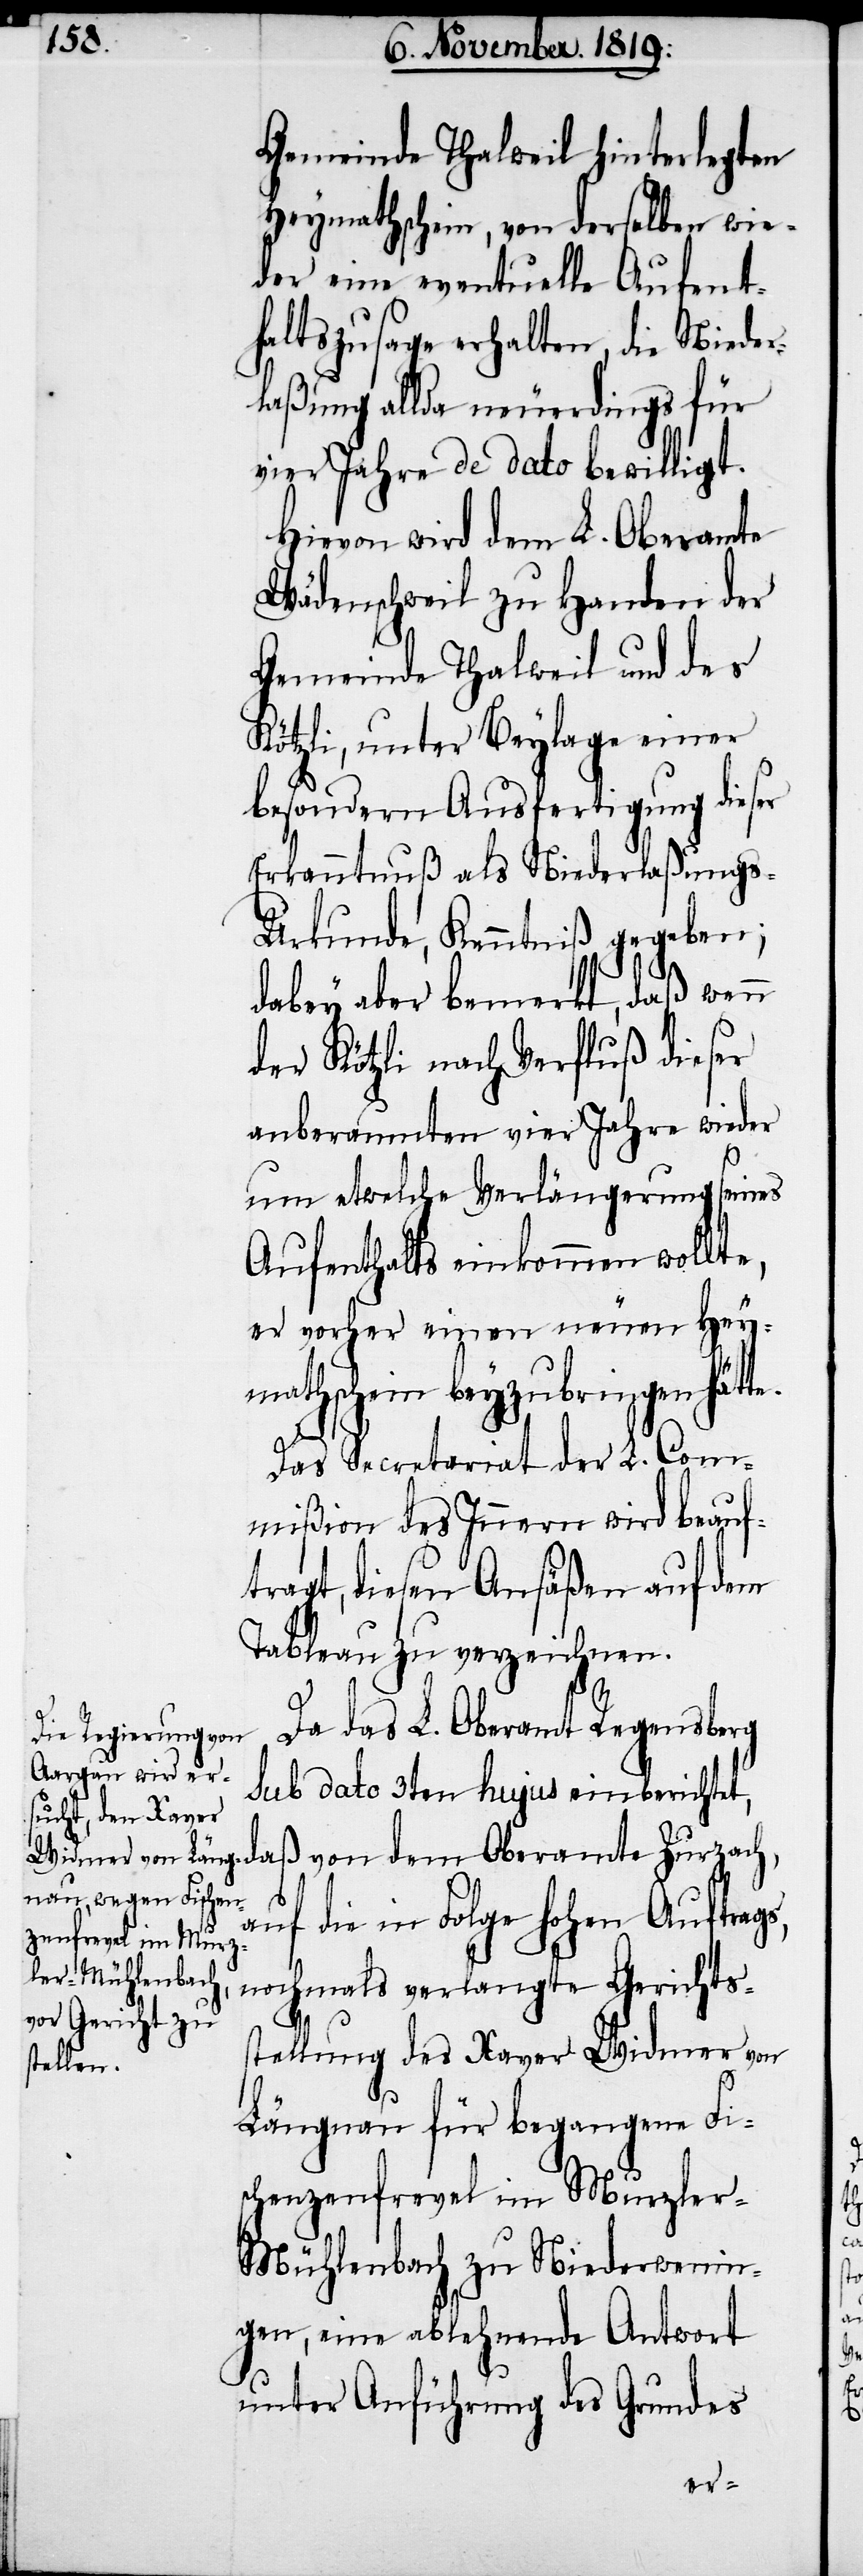
Gemeinde Thalweil hinterlegten
Heymathschein, von derselben wie¬
der eine eventuelle Aufent¬
haltszusage erhalten, die Nieder¬
laßung allda neuerdings für
vier Jahre de dato bewilligt.
Hievon wird dem L. Oberamte
Wädenschweil zu Handen der
Gemeinde Thalweil und des
Kötzli, unter Beylage einer
besondern Ausfertigung dieser
Erkanntnuß als Niederlaßungs-U¬
rkunde, Kenntniß gegeben;
dabey aber bemerkt, daß wenn
der Kötzli nach Verfluß dieser
anberaumten vier Jahre wieder
um etwelche Verlängerung seines
Aufenthalts einkommen wollte,
er vorher einen neuen Hey¬
mathschein beyzubringen hätte.
Das Secretariat der L. Com¬
mißion des Innern wird beauf¬
tragt, diesen Ansäßen auf dem
Tableau zu verzeichnen.
Da das L. Oberamt Regensberg
sub dato 3ten hujus einberichtet,
daß von dem Oberamte Zurzach,
auf die in Folge hohen Auftrags,
nochmals verlangte Gerichts¬
stellung des Xaver Widmer von
Längnau für begangene Fis¬
chenzenfrevel im Murzle¬
r-Mühlenbach zu Niederwenin¬
gen, eine ablehnende Antwort
unter Anführung des Grundes